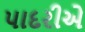
પાદરીએ